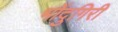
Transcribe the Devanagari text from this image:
भोंदुगिरी